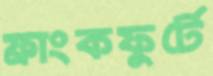
ফ্রাংকফুর্টে